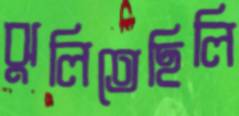
ঝুলিতেছিলি